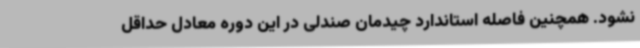
نشود. همچنین فاصله استاندارد چیدمان صندلی در این دوره معادل حداقل